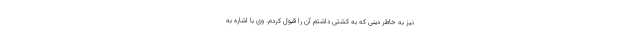
نیز به خاطر دینی که به کشتی داشتم آن را قبول کردم. وی با اشاره به